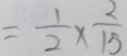
= \frac { 1 } { 2 } \times \frac { 2 } { 1 5 }